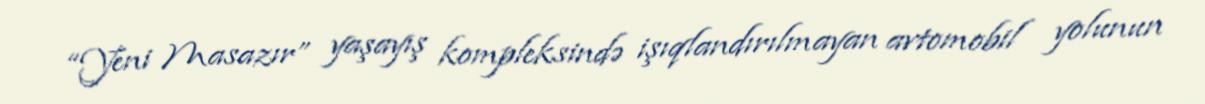
“Yeni Masazır” yaşayış kompleksində işıqlandırılmayan avtomobil yolunun